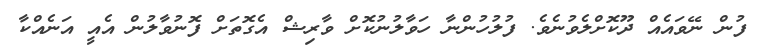
ފުން ނޭވައެއް ދޫކޮށްލެވުނެވެ. ފުލުހުންނާ ހަވާލުނުކޮށް ވާރިޝް އެގޮތަށް ފޮނުވާލުން އެއީ އަނެއްކާ